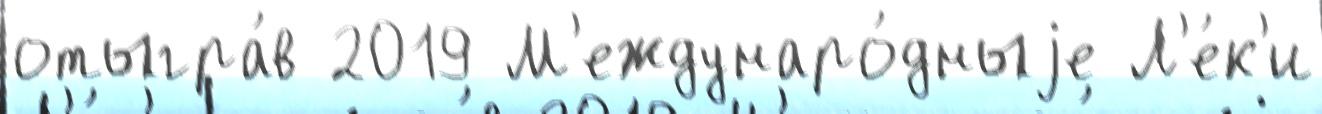
отыгра́в 2019 М'еждунаро́дныjе Л'е́к'и